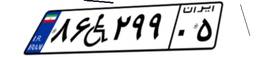
۸۶W۲۹۹۰۵